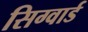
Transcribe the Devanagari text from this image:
सिग्वार्ड